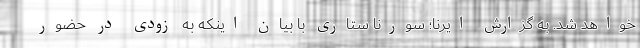
خواهد شد. به گزارش ایرنا؛ سورنا ستاری با بیان اینکه به زودی در حضور